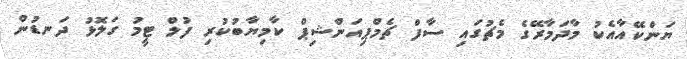
ޔަންކޭއާއެކު މާދަމާރޭގެ މެޗުގައި ސާފް ޗެމްޕިއަންޝިޕް ކާމިޔާބުކުރި ފުލް ޓީމު ގަލޮޅު ދަނޑުން